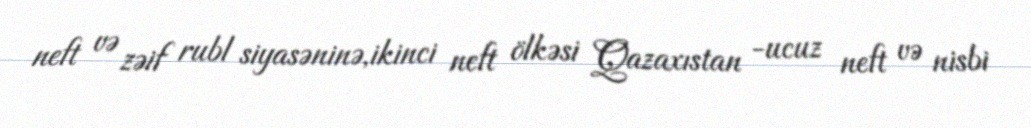
neft və zəif rubl siyasəninə,ikinci neft ölkəsi Qazaxıstan -ucuz neft və nisbi